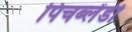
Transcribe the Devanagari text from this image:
पिचब्लेंडी